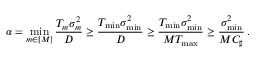
\alpha = \operatorname* { m i n } _ { m \in [ M ] } \frac { T _ { m } \sigma _ { m } ^ { 2 } } D \geq \frac { T _ { \operatorname* { m i n } } \sigma _ { \operatorname* { m i n } } ^ { 2 } } D \geq \frac { T _ { \operatorname* { m i n } } \sigma _ { \operatorname* { m i n } } ^ { 2 } } { M T _ { \operatorname* { m a x } } } \geq \frac { \sigma _ { \operatorname* { m i n } } ^ { 2 } } { M C _ { \sharp } } \, .